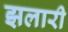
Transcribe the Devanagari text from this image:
झलारी